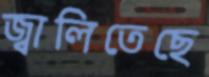
জ্বালিতেছে